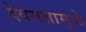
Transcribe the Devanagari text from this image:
देवयज्ञामुळे